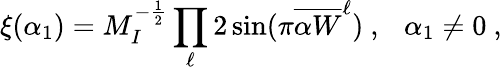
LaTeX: \xi(\alpha_{1})=M_{I}^{-{\frac{1}{2}}}\prod_{\ell}2\sin(\pi{{\overline{{{\alpha W}}}}^{\ell}})~,~~~\alpha_{1}\not=0~,